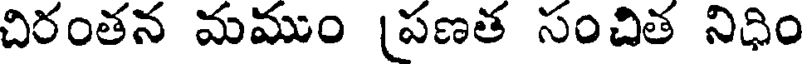
చిరంతన మముం [పణత సంచిత నిధిం